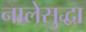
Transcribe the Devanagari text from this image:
नालेसुद्धा